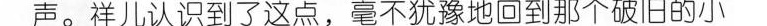
声。祥儿认识到了这点，毫不犹豫地回到那个破旧的小